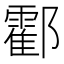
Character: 𨟓